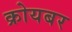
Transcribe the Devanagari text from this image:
क्रोयबर